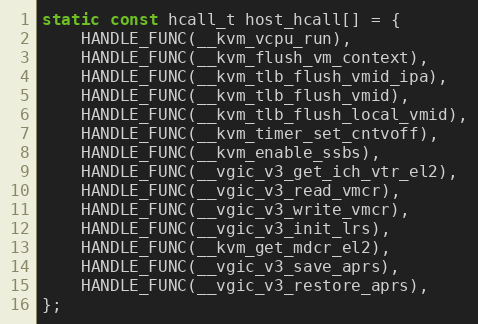
Language: C
static const hcall_t host_hcall[] = {
	HANDLE_FUNC(__kvm_vcpu_run),
	HANDLE_FUNC(__kvm_flush_vm_context),
	HANDLE_FUNC(__kvm_tlb_flush_vmid_ipa),
	HANDLE_FUNC(__kvm_tlb_flush_vmid),
	HANDLE_FUNC(__kvm_tlb_flush_local_vmid),
	HANDLE_FUNC(__kvm_timer_set_cntvoff),
	HANDLE_FUNC(__kvm_enable_ssbs),
	HANDLE_FUNC(__vgic_v3_get_ich_vtr_el2),
	HANDLE_FUNC(__vgic_v3_read_vmcr),
	HANDLE_FUNC(__vgic_v3_write_vmcr),
	HANDLE_FUNC(__vgic_v3_init_lrs),
	HANDLE_FUNC(__kvm_get_mdcr_el2),
	HANDLE_FUNC(__vgic_v3_save_aprs),
	HANDLE_FUNC(__vgic_v3_restore_aprs),
};